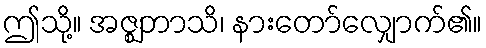
ဤသို့။ အဇ္ဈဘာသိ၊ နားတော်လျှောက်၏။